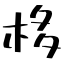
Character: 栘